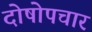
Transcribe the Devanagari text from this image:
दोषोपचार